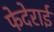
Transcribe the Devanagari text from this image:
फेदेराई